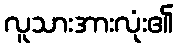
လူသားအားလုံး၏